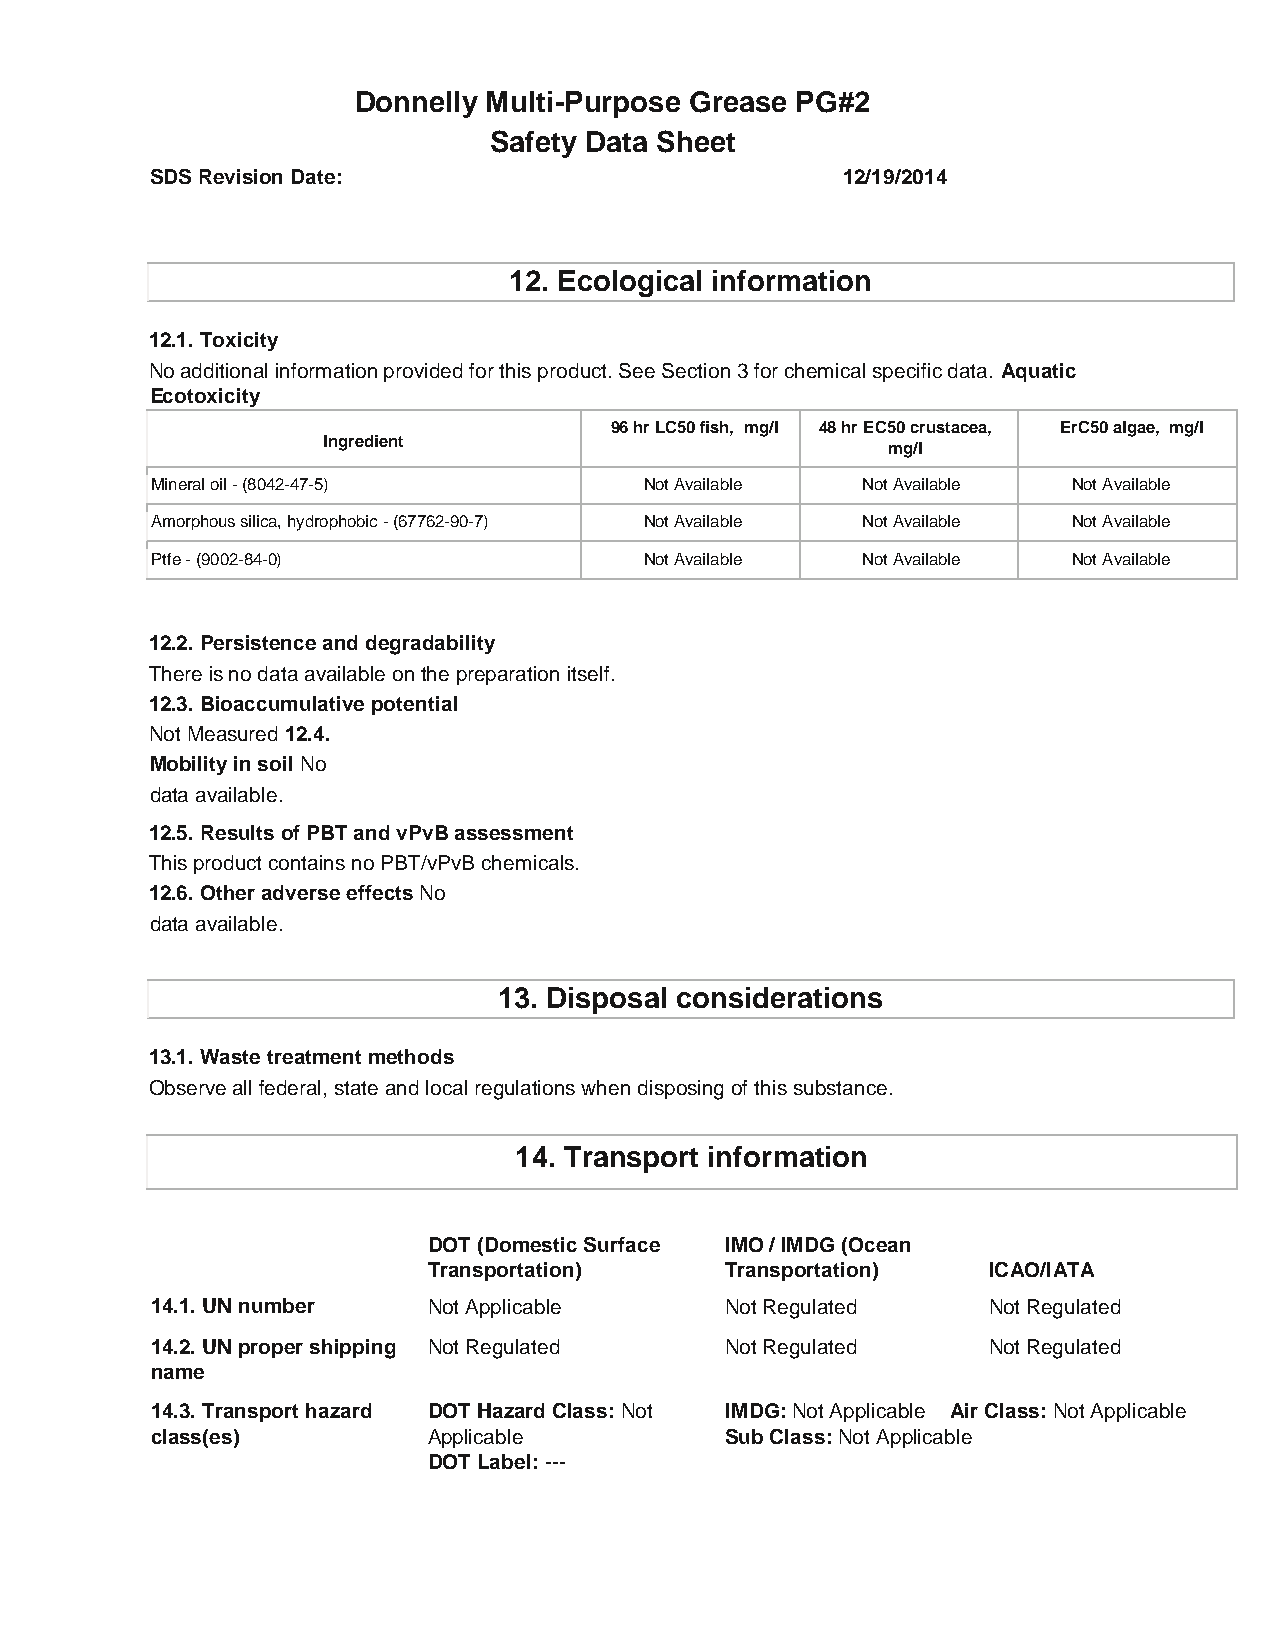
Donnelly Multi-Purpose Grease PG#2
 Safety Data Sheet
 SDS Revision Date:                            12/19/2014
 12. Ecological information
 12.1. Toxicity
 No additional information provided for this product. See Section 3 for chemical specific data. Aquatic
 Ecotoxicity
 96 hr LC50 fish, mg/l 48 hr EC50 crustacea, ErC50 algae, mg/l
 Ingredient
 mg/l
 Mineral oil - (8042-47-5)        Not Available Not Available Not Available
 Amorphous silica, hydrophobic - (67762-90-7) Not Available Not Available Not Available
 Ptfe - (9002-84-0)               Not Available Not Available Not Available
 12.2. Persistence and degradability
 There is no data available on the preparation itself.
 12.3. Bioaccumulative potential
 Not Measured 12.4.
 Mobility in soil No
 data available.
 12.5. Results of PBT and vPvB assessment
 This product contains no PBT/vPvB chemicals.
 12.6. Other adverse effects No
 data available.
 13. Disposal considerations
 13.1. Waste treatment methods
 Observe all federal, state and local regulations when disposing of this substance.
 14. Transport information
 DOT (Domestic Surface IMO / IMDG (Ocean
 Transportation)     Transportation)  ICAO/IATA
 14.1. UN number   Not Applicable      Not Regulated    Not Regulated
 14.2. UN proper shipping Not Regulated Not Regulated   Not Regulated
 name
 14.3. Transport hazard DOT Hazard Class: Not IMDG: Not Applicable Air Class: Not Applicable
 class(es)         Applicable          Sub Class: Not Applicable
 DOT Label: ---